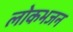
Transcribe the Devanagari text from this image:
लोकभजन